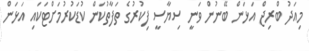
މިއަދު ބްރިޖް އަޅަން ބޭނުން ވަނީ ސިޔާސީ ފިކުރުގެ ތަފާތުކަން ކުޑަކުރުމަށްޓަކައި އަޅަން